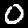
Label: 0